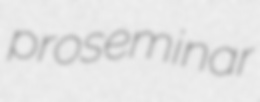
proseminar